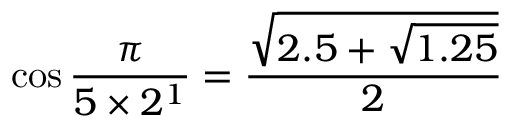
\cos { \frac { \pi } { 5 \times 2 ^ { 1 } } } = { \frac { \sqrt { 2 . 5 + { \sqrt { 1 . 2 5 } } } } { 2 } }